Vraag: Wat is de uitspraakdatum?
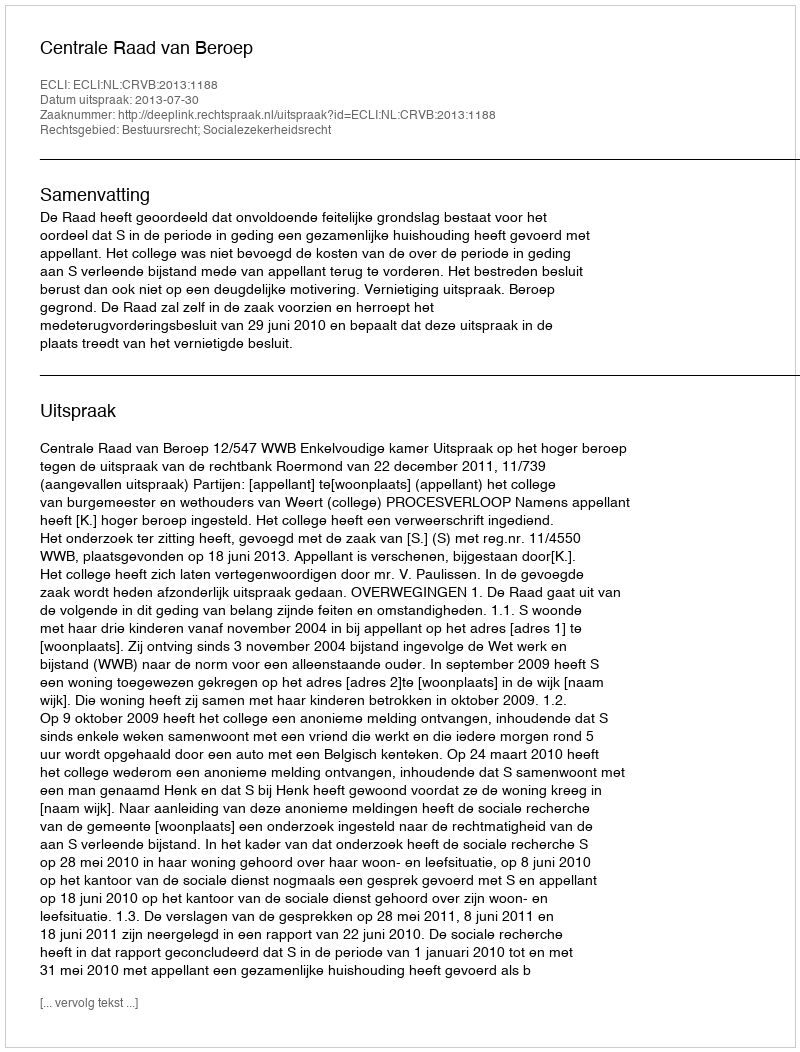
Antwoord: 2013-07-30